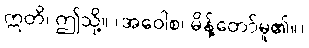
ဣတိ၊ ဤသို့။ (အဝေါစ၊ မိန့်တော်မူ၏။)